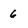
Character: 6